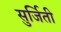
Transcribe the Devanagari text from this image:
सुर्जिती